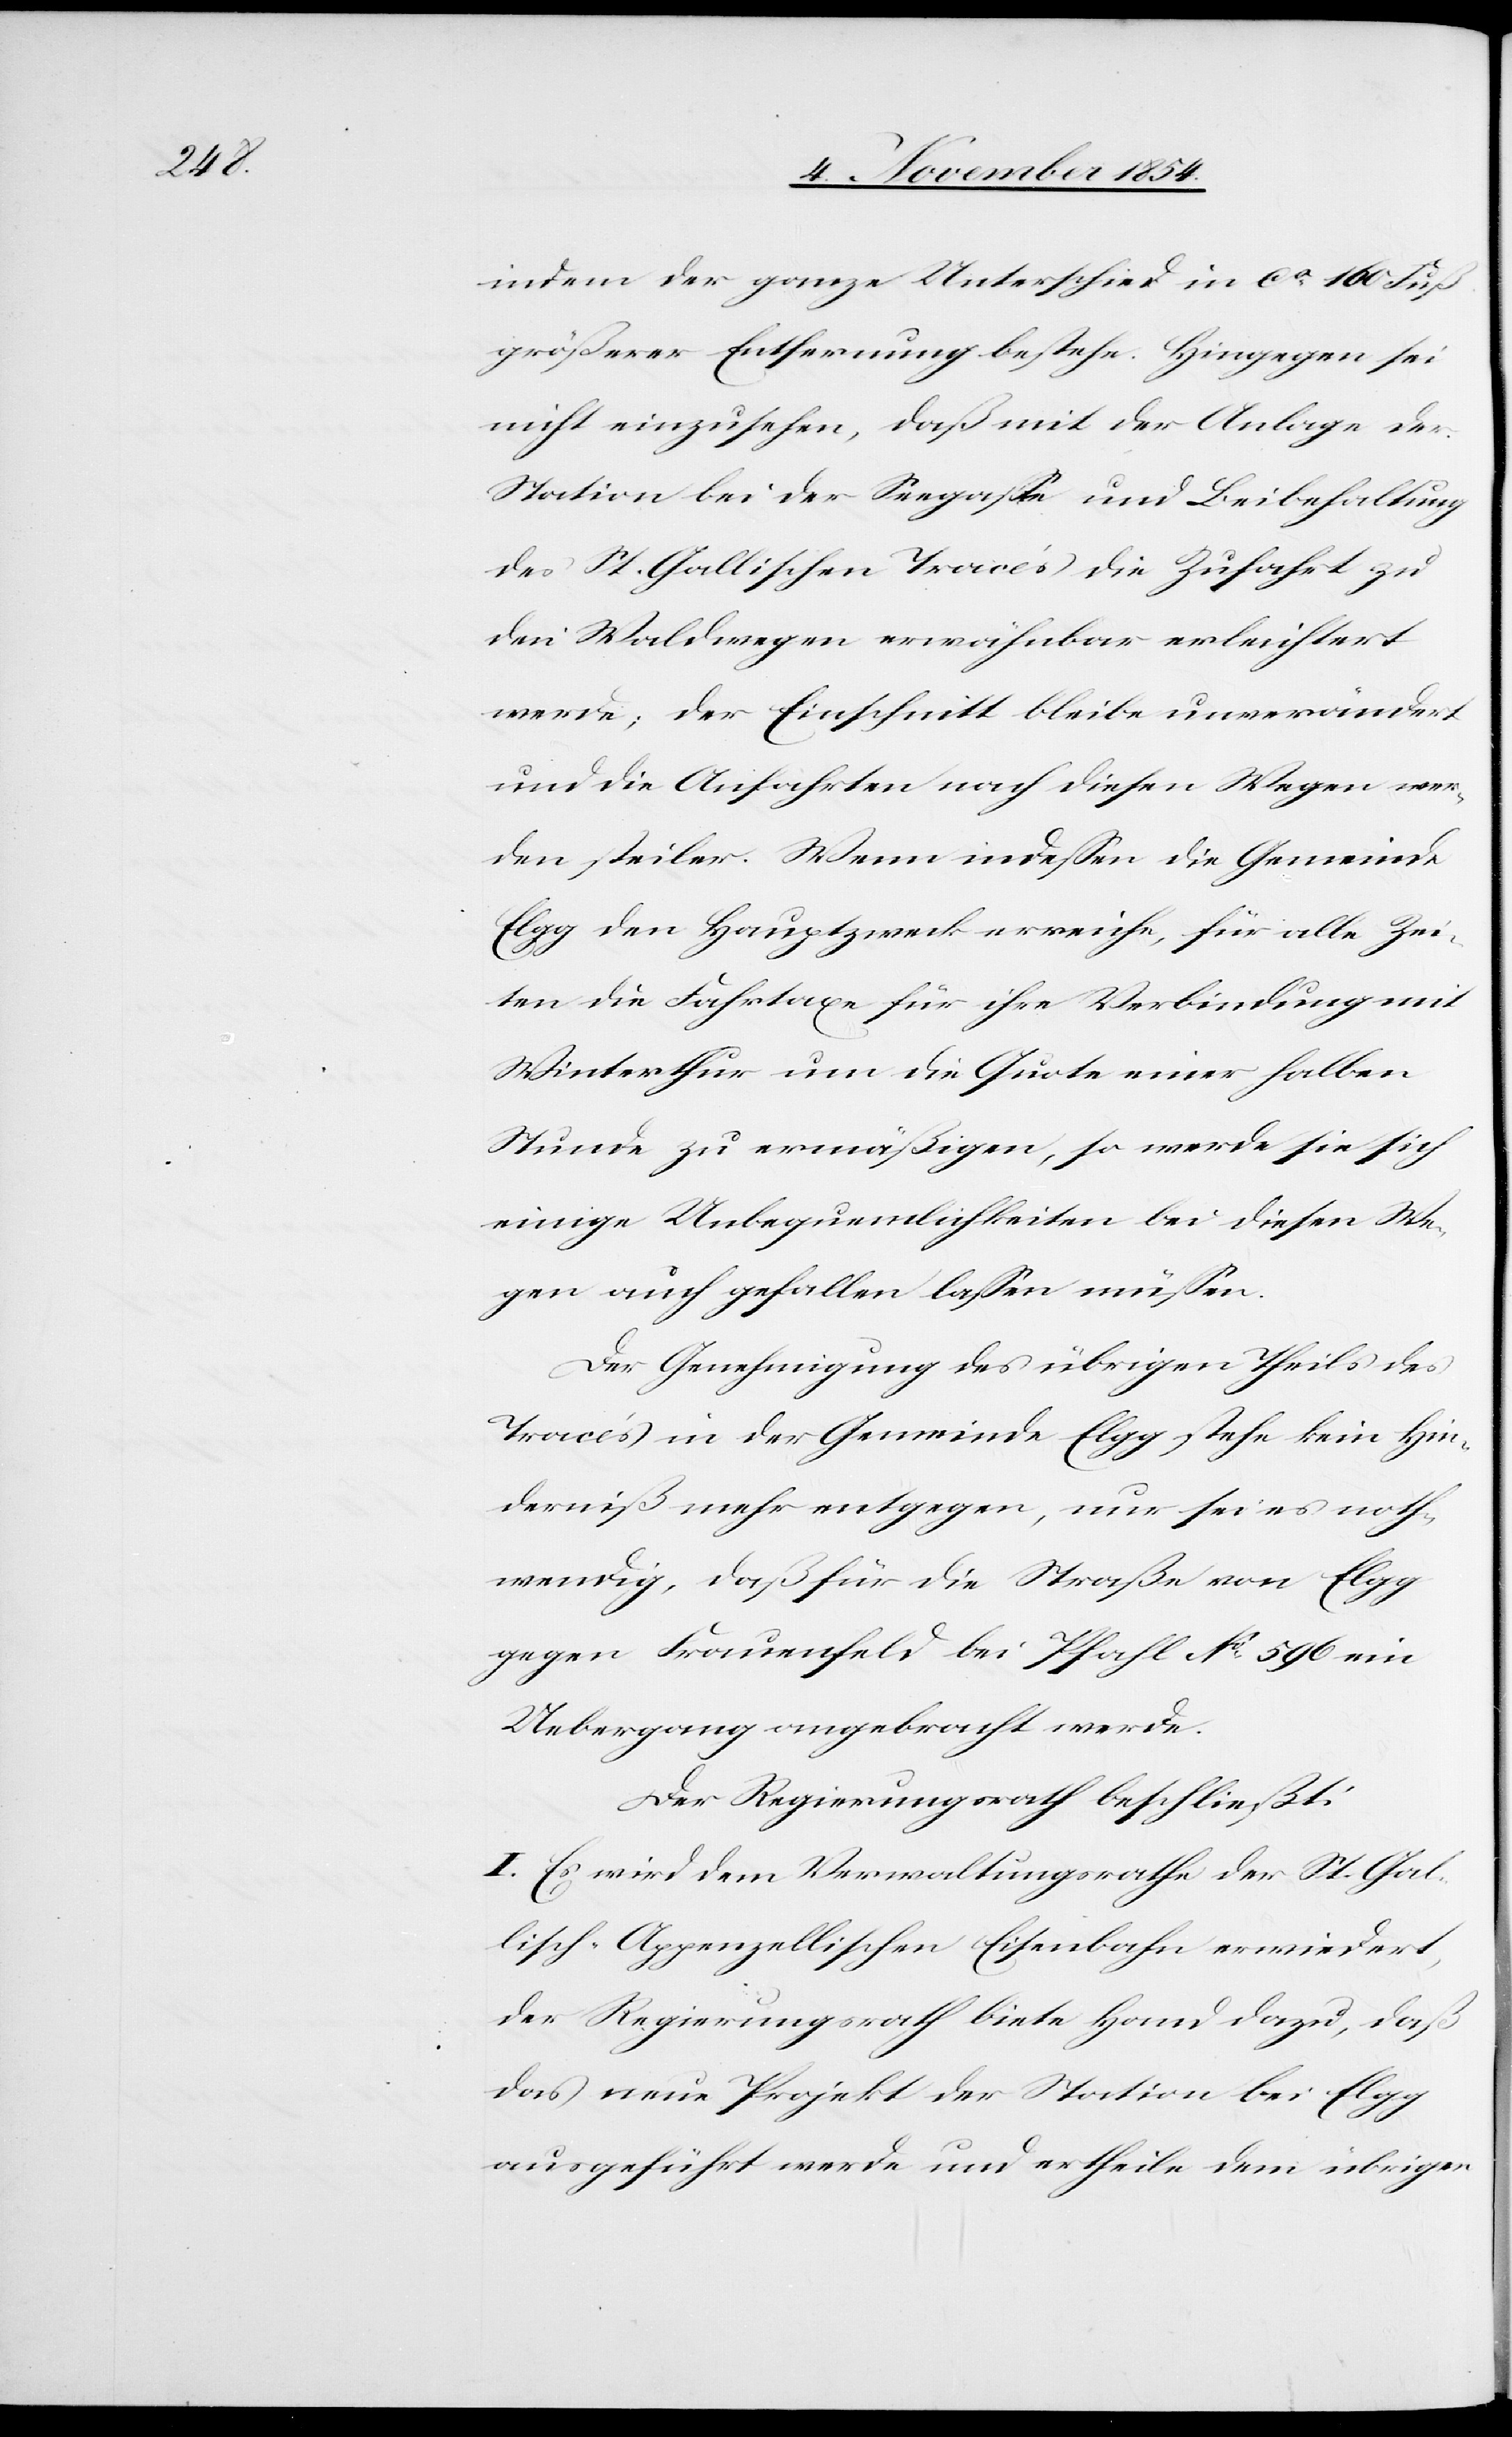
indem der ganze Unterschied in ca 160 Fuß
größerer Entfernung bestehe. Hingegen sei
nicht einzusehen, daß mit der Anlage der
Station bei der Seegaße und Beibehaltung
des St. Gallischen Tracés die Zufahrt zu
den Waldwegen erwähnbar erleichtert
werde; der Einschnitt bleibe unverändert
und die Anfahrten nach diesen Wegen wer¬
den steiler. Wenn indeßen die Gemeinde
Elgg den Hauptzweck erreiche, für alle Zei¬
ten die Fahrtaxe für ihre Verbindung mit
Winterthur um die Quote einer halben
Stunde zu ermäßigen, so werde sie sich
einige Unbequemlichkeiten bei diesen We¬
gen auch gefallen laßen müßen.
Der Genehmigung des übrigen Theils des
Tracés in der Gemeinde Elgg stehe kein Hin¬
derniß mehr entgegen, nur sei es noth¬
wendig, daß für die Straße von Elgg
gegen Frauenfeld bei Pfahl No 596 ein
Uebergang angebracht werde.
Der Regierungsrath beschließt:
I. Es wird dem Verwaltungsrathe der St. Gal¬
lisch-Appenzellischen Eisenbahn erwiedert,
der Regierungsrath biete Hand dazu, daß
das neue Projekt der Station bei Elgg
ausgeführt werde und ertheile dem übrigen